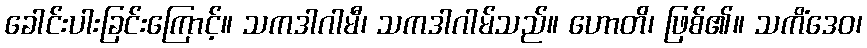
ခေါင်းပါးခြင်းကြောင့်။ သကဒါဂါမီ၊ သကဒါဂါမ်သည်။ ဟောတိ၊ ဖြစ်၏။ သကိံဒေဝ၊